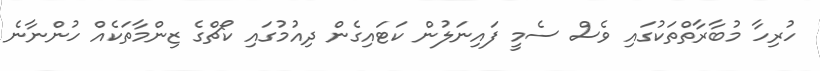
ހުރިހާ މުބާރާތްތަކުގައި ވެސް ސެމީ ފައިނަލުން ކަޓައިގެން ދިއުމުގައި ކޯޗްގެ ޒިންމާތަކެއް ހުންނާނެ